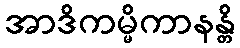
အာဒိကမ္မိကာနန္တိ